Vaccination in the Punjab 1867-1880 - 1867-1880
Year: 1867
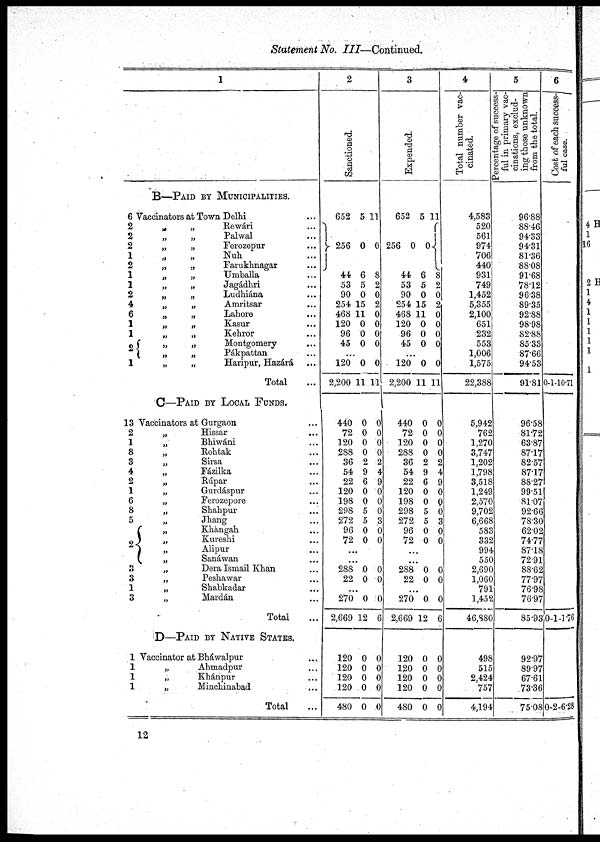
Statement No. III—Continued.
6
2
2
2
1
2
1
1
2
4
6
1
1
2
1
13
2
1
8
3
4
2
1
6
8
5
2
3
3
1
3
1
1
1
1
1
B—PAID BY MUNICIPALITIES.
Vaccinators at Town Delhi ...
„
„
Rewári ...
„
„
Palwal ...
„
„
Ferozepur ...
„ „Nuh ...
„
„
Farukhnagar ...
„
„
Umballa ...
„ „Jagádhri ...
„
„
Ludhiána ...
„
„
Amritsar ...
„
„
Lahore ...
„
„
Kasur ...
„
„
Kehror ...
„
„
Montgomery ...
„
„
Pákpattan ...
„
„
Haripur, Hazárá ...
Total ...
C—PAID BY LOCAL FUNDS.
Vaccinators at Gurgaon ...
„
Hissar ...
„
Bhiwáni ...
„
Rohtak ...
„
Sirsa ...
„
Fázilka ...
„
Rúpar ...
„
Gurdáspur ...
„
Ferozepore ...
„
Shahpur ...
„ Jhang ...
„
Khángah ...
„
Kureshi ...
„
Alipur ...
„
Sanáwan ...
„
Dera Ismail Khan ...
„
Peshawar ...
„
Shabkadar ...
„
Mardán ...
Total ...
D—PAID BY NATIVE STATES.
Vaccinator at Bháwalpur ...
„
Ahmadpur ...
„
Khánpur ...
„
Minchinabad ...
Total ...
2
Sanctioned.
652
256
44
53
90
254
468
120
96
45
5
0
6
5
0
15
11
0
0
0
11
0
8
2
0
2
0
0
0
0
...
120
2,200
440
72
120
288
36
54
22
120
198
298
272
96
72
0
11
0
0
0
0
2
9
6
0
0
5
5
0
0
0
11
0
0
0
0
2
4
9
0
0
0
3
0
0
...
...
288
22
0
0
0
0
...
270
2,669
120
120
120
120
480
0
12
0
0
0
0
0
0
6
0
0
0
0
0
3
Expended.
652
256
44
53
90
254
468
120
96
45
5
0
6
5
0
15
11
0
0
0
11
0
8
2
0
2
0
0
0
0
...
120
2,200
440
72
120
288
36
54
22
120
198
298
272
96
72
0
11
0
0
0
0
2
9
6
0
0
5
5
0
0
0
11
0
0
0
0
2
4
9
0
0
0
3
0
0
...
...
288
22
0
0
0
0
...
270
2,669
120
120
120
120
480
0
12
0
0
0
0
0
0
6
0
0
0
0
0
4
Total number vac-
cinated.
4,583
520
561
974
706
440
931
749
1,452
5,355
2,100
651
232
553
1,006
1,575
22,388
5,942
762
1,270
3,747
1,202
1,798
3,518
1,249
2,570
9,702
6,668
583
332
994
550
2,690
1,060
791
1,452
46,880
498
515
2,424
757
4,194
5
Percentage of success-
ful in primary vac-
cinations, exclud-
ing those unknown
from the total.
96.88
88.46
94.33
94.31
81.36
88.08
91.68
78.12
96.38
89.35
92.88
98.98
82.88
85.33
87.66
94.53
91.81
96.58
81.72
63.87
87.17
82.57
87.17
88.27
99.51
81.07
92.66
78.30
62.02
74.77
87.18
72.91
88.62
77.97
76.98
76.97
85.93
92.97
89.97
67.61
73.36
75.08
6
Cost of each success-
ful case.
0-1-10.71
0-1-1.76
0-2-6.28
12